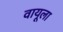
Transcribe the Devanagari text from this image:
वायूला